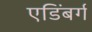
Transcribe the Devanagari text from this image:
एडिंबर्ग